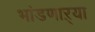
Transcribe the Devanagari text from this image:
भांडणाऱ्या